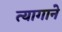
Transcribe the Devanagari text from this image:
त्यागाने